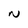
Character: N